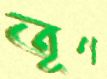
তূণ